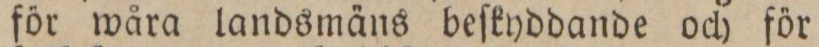
för wåra landsmäns beſkyddande och för